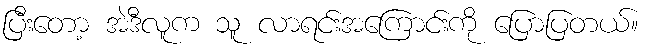
ပြီးတော့ အဲဒီလူက သူ လာရင်းအကြောင်းကို ပြောပြတယ်။